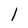
Character: l